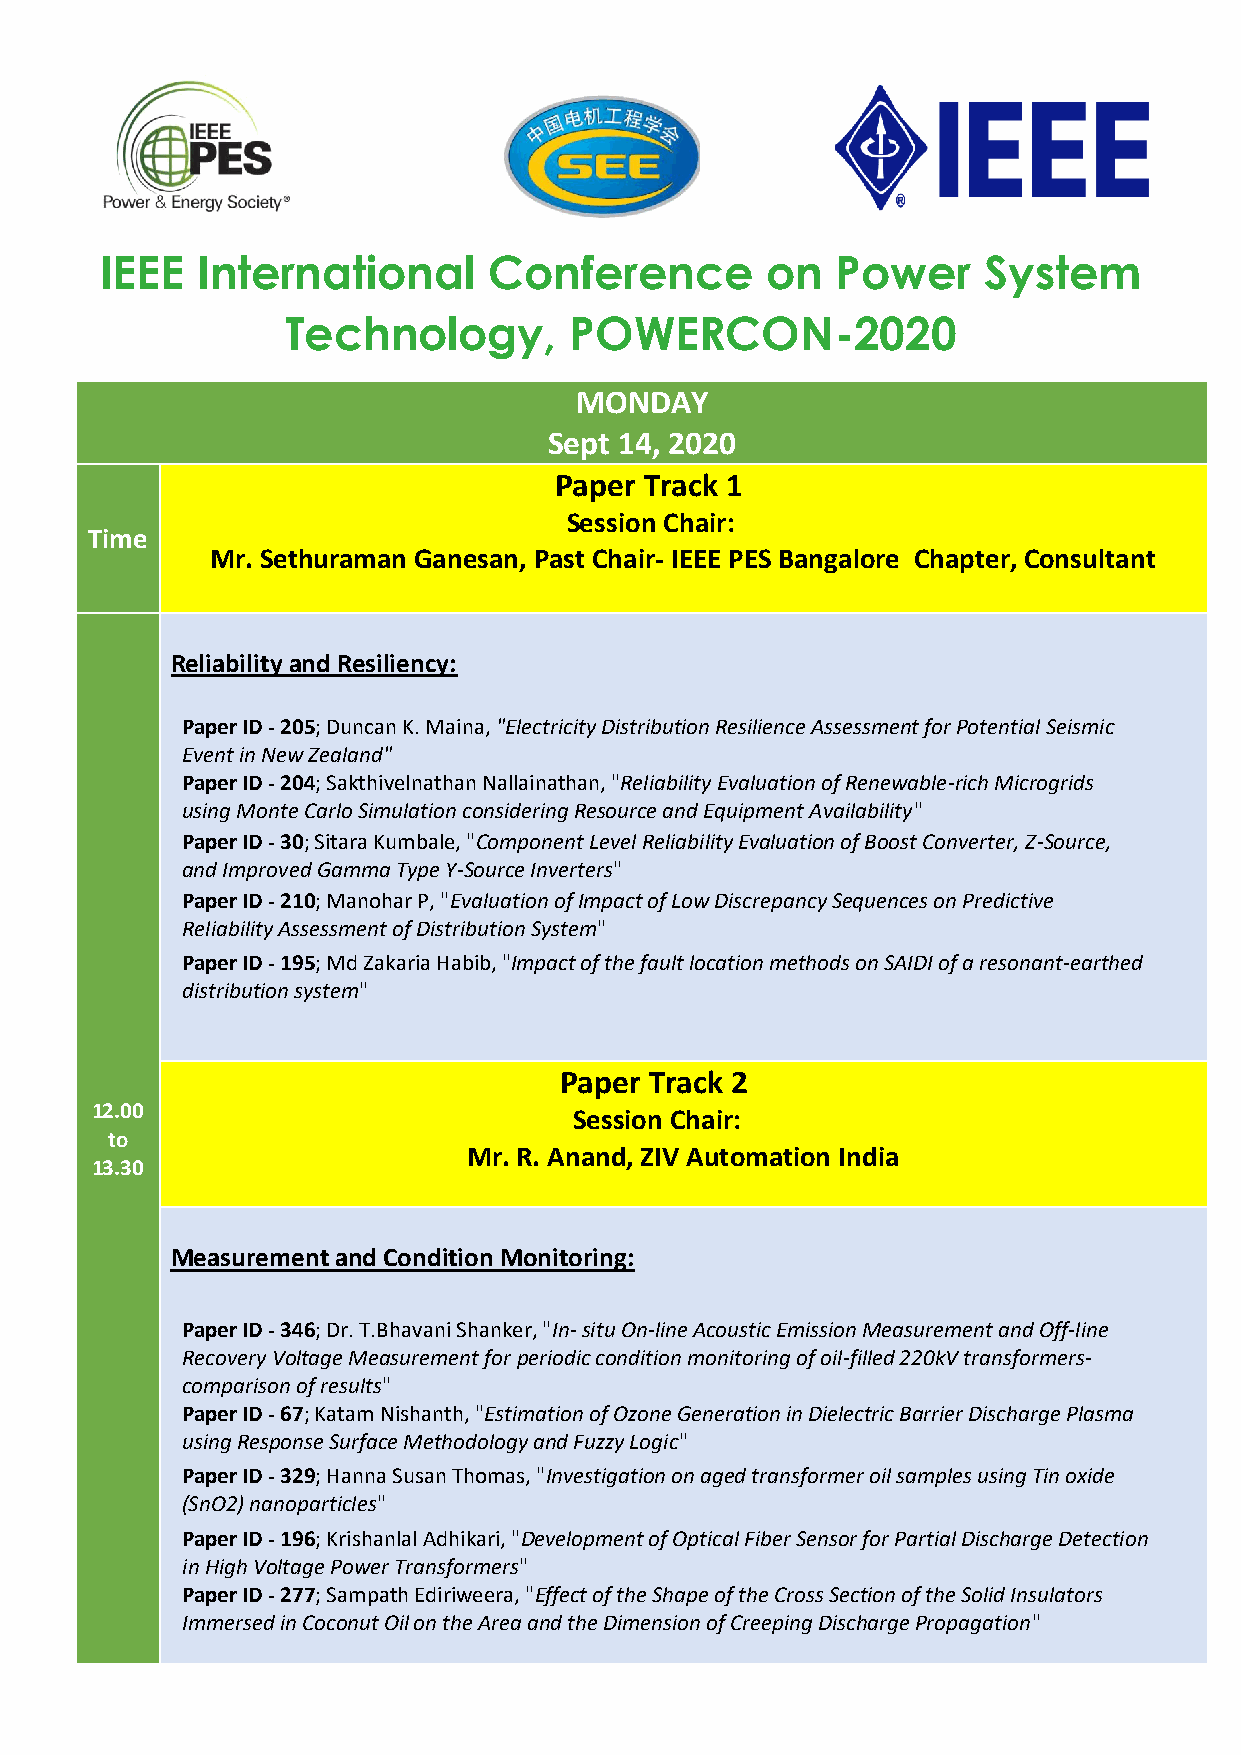
IEEE  International      Conference         on  Power     System
 Technology,        POWERCON-2020
 MONDAY
 Sept 14, 2020
 Paper Track 1
 Session Chair:
 Time
 Mr. Sethuraman Ganesan, Past Chair- IEEE PES Bangalore Chapter, Consultant
 Reliability and Resiliency:
 Paper ID - 205; Duncan K. Maina, "Electricity Distribution Resilience Assessment for Potential Seismic
 Event in New Zealand"
 Paper ID - 204; Sakthivelnathan Nallainathan, "Reliability Evaluation of Renewable-rich Microgrids
 using Monte Carlo Simulation considering Resource and Equipment Availability"
 Paper ID - 30; Sitara Kumbale, "Component Level Reliability Evaluation of Boost Converter, Z-Source,
 and Improved Gamma Type Y-Source Inverters"
 Paper ID - 210; Manohar P, "Evaluation of Impact of Low Discrepancy Sequences on Predictive
 Reliability Assessment of Distribution System"
 Paper ID - 195; Md Zakaria Habib, "Impact of the fault location methods on SAIDI of a resonant-earthed
 distribution system"
 Paper Track 2
 12.00
 Session Chair:
 to
 Mr. R. Anand, ZIV Automation India
 13.30
 Measurement and Condition Monitoring:
 Paper ID - 346; Dr. T.Bhavani Shanker, "In- situ On-line Acoustic Emission Measurement and Off-line
 Recovery Voltage Measurement for periodic condition monitoring of oil-filled 220kV transformers-
 comparison of results"
 Paper ID - 67; Katam Nishanth, "Estimation of Ozone Generation in Dielectric Barrier Discharge Plasma
 using Response Surface Methodology and Fuzzy Logic"
 Paper ID - 329; Hanna Susan Thomas, "Investigation on aged transformer oil samples using Tin oxide
 (SnO2) nanoparticles"
 Paper ID - 196; Krishanlal Adhikari, "Development of Optical Fiber Sensor for Partial Discharge Detection
 in High Voltage Power Transformers"
 Paper ID - 277; Sampath Ediriweera, "Effect of the Shape of the Cross Section of the Solid Insulators
 Immersed in Coconut Oil on the Area and the Dimension of Creeping Discharge Propagation"